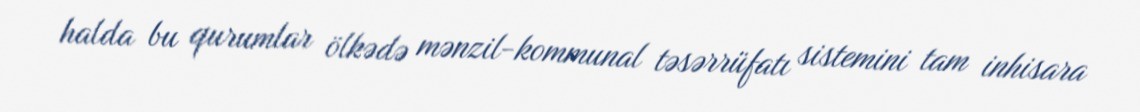
halda bu qurumlar ölkədə mənzil-kommunal təsərrüfatı sistemini tam inhisara